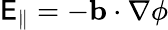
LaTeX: \mathsf{E}_{\parallel}=-\mathbf{{b}}\cdot\nabla\phi